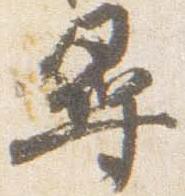
尋